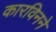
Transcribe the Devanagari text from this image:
कारविनने